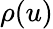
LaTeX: \rho(u)